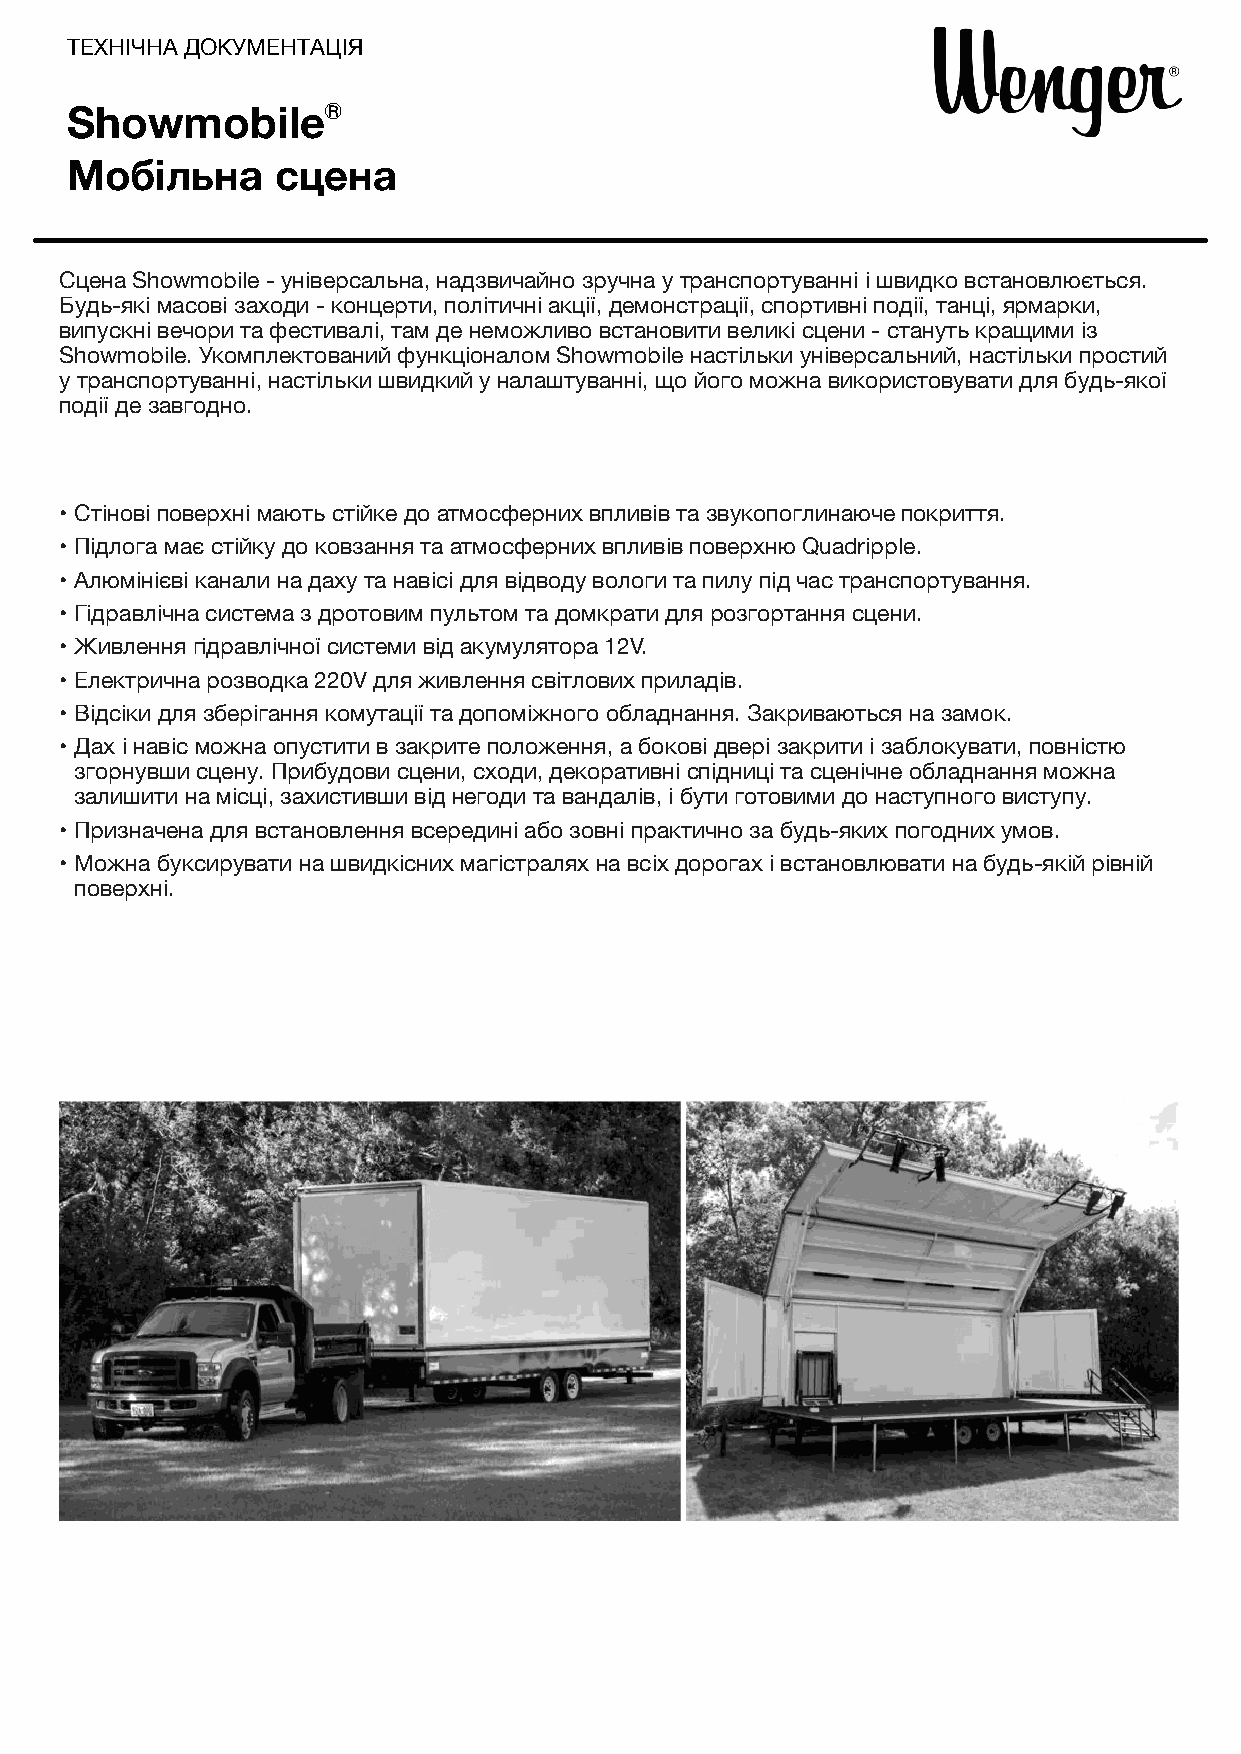
ТЕХНІЧНА ДОКУМЕНТАЦІЯ
 ShowmobileⓇ
 Мобільна      сцена
 Сцена Showmobile - універсальнa, надзвичайно зручна у транспортуванні і швидко встановлюється.
 Будь-якi масовi захoди - концерти, політичні акції, демонстрації, спортивні події, танці, ярмарки,
 випускні вечори та фестивалі, там де неможливо встановити великі сцени - стануть кращими із
 Showmobile. Укомплектований функціоналом Showmobile настільки універсальний, настільки простий
 у транспортуванні, настільки швидкий у налаштуванні, що його можна використовувати для будь-якої
 події де завгодно.
 • Стінові поверхні мають стійке до атмосферних впливів та звукопоглинаюче покриття.
 • Підлога має стійку до ковзання та атмосферних впливів поверхню Quadripple.
 • Алюмінієві канали на даху та навісі для відводу вологи та пилу під час транспортування.
 • Гідравлічна система з дротовим пультом та домкрати для розгортання сцени.
 • Живлення гідравлічної системи від акумулятора 12V.
 • Електрична розводка 220V для живлення світлових приладів.
 • Відсіки для зберігання комутації та допоміжного обладнання. Закриваються на замок.
 • Дах і навіс можна опустити в закрите положення, а бокові двері закрити і заблокувати, повністю
 згорнувши сцену. Прибудови сцени, сходи, декоративні спідниці та сценічне обладнання можна
 залишити на місці, захистивши від негоди та вандалів, і бути готовими до наступного виступу.
 • Призначена для встановлення всередині або зовні практично за будь-яких погодних умов.
 • Можна буксирувати на швидкісних магістралях на всіх дорогах і встановлювати на будь-якій рівній
 поверхні.